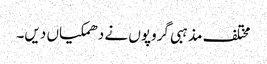
مختلف مذہبی گروپوں نے دھمکیاں دیں۔